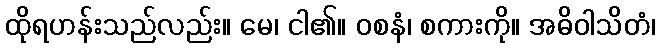
ထိုရဟန်းသည်လည်း။ မေ၊ ငါ၏။ ဝစနံ၊ စကားကို။ အဓိဝါသိတံ၊